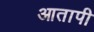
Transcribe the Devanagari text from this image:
आतापी